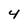
Character: 4